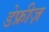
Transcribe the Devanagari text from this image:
डेफ्रीज़